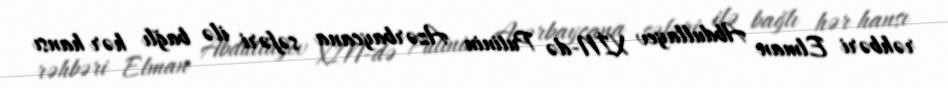
rəhbəri Elman Abdullayev XİN-də Putinin Azərbaycana səfəri ilə bağlı hər hansı